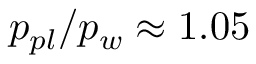
p _ { p l } / p _ { w } \approx 1 . 0 5